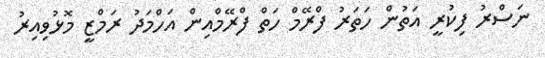
ނަސްރު ފިކުރީ އަތުން ހަތަރު ފްރޭމް ހަތް ފްރޭމްއިން އަހްމަދު ރަމްޒީ މޮޅުވިއިރު